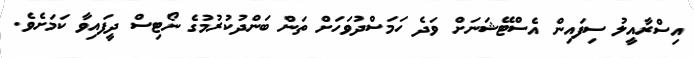
އިސްރާއީލު ސިފައިން އެސްޓޭޝަނަށް ވަދެ ހަމަސްދުވަހަށް ތަން ބަންދުކުރުމުގެ ނޯޓިސް ދީފައިވާ ކަމަށެވެ.